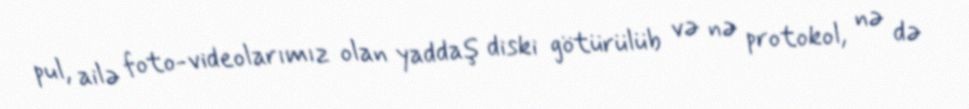
pul, ailə foto-videolarımız olan yaddaş diski götürülüb və nə protokol, nə də